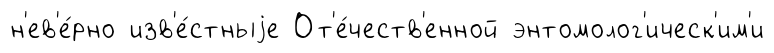
н'ев'е́рно изв'е́стныjе От'е́честв'енной энтомолог'ическ'им'и